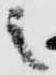
之